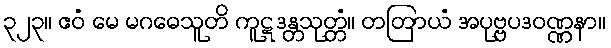
၃၂၃။ ဧဝံ မေ မဂဓေသူတိ ကူဋဒန္တသုတ္တံ။ တတြာယံ အပုဗ္ဗပဒဝဏ္ဏနာ။